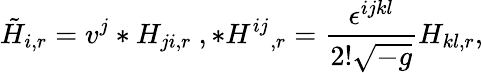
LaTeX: {\tilde{H}}_{i,r}=v^{j}*H_{ji,r}\ ,{*H^{ij}}_{,r}=\frac{\epsilon^{ijkl}}{2!\sqrt{-g}}H_{kl,r},